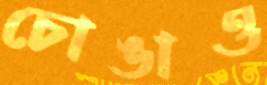
চোঙাও